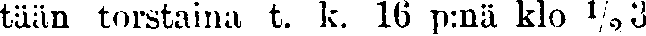
tään torstaina t. k. 16 p:nä klo ½3